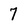
Character: 7